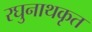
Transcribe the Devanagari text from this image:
रघुनाथकृत